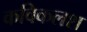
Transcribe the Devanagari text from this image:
कविकलश